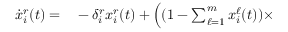
\begin{array} { r l } { \scriptsize \dot { x } _ { i } ^ { r } ( t ) = } & { { } - \delta _ { i } ^ { r } x _ { i } ^ { r } ( t ) + \Big ( ( 1 - \textstyle \sum _ { \ell = 1 } ^ { m } x _ { i } ^ { \ell } ( t ) ) \times } \end{array}